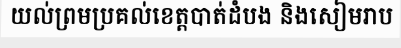
យល់ព្រមប្រគល់ខេត្តបាត់ដំបង និងសៀមរាប